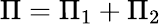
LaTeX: \Pi=\Pi_{1}+\Pi_{2}